Indian journal of veterinary science and animal husbandry - Volumes 15-17, 1948-1951
Year: 1948
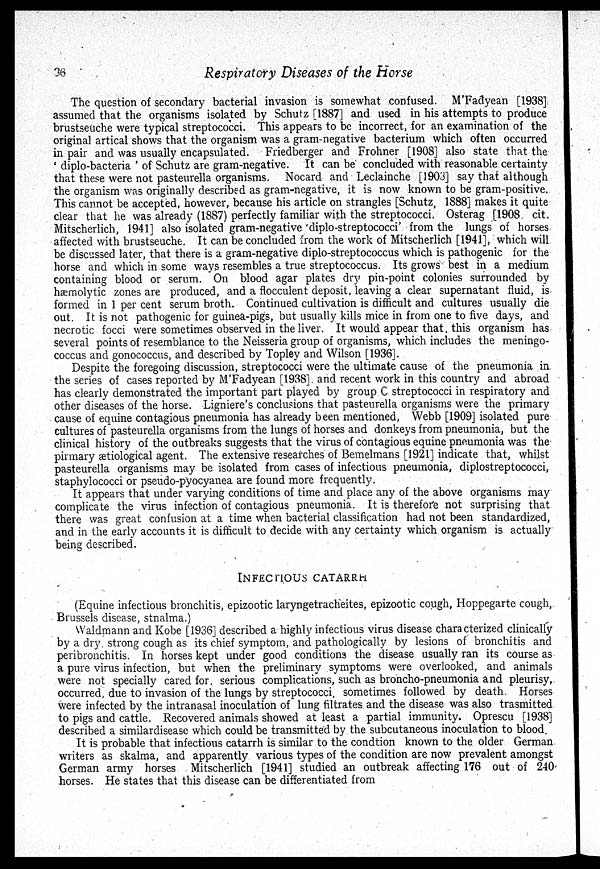
36
Respiratory Diseases of the Horse
The question of secondary bacterial invasion is somewhat confused. M'Fadyean [1938]
assumed that the organisms isolated by Schutz [1887] and used in his attempts to produce
brustseuche were typical streptococci. This appears to be incorrect, for an examination of the
original artical shows that the organism was a gram-negative bacterium which often occurred
in pair and was usually encapsulated. Friedberger and Frohner [1908] also state that the
' diplo-bacteria ' of Schutz are gram-negative. It can be concluded with reasonable certainty
that these were not pasteurella organisms. Nocard and Leclainche [1903] say that although
the organism was originally described as gram-negative, it is now known to be gram-positive.
This cannot be accepted, however, because his article on strangles [Schutz, 1888] makes it quite
clear that he was already (1887) perfectly familiar with the streptococci. Osterag [1908 cit.
Mitscherlich, 1941] also isolated gram-negative 'diplo-streptococci' from the lungs of horses
affected with brustseuche. It can be concluded from the work of Mitscherlich [1941], which will
be discussed later, that there is a gram-negative diplo-streptococcus which is pathogenic for the
horse and which in some ways resembles a true streptococcus. Its grows best in a medium
containing blood or serum. On blood agar plates dry pin-point colonies surrounded by
hæmolytic zones are produced, and a flocculent deposit, leaving a clear supernatant fluid, is
formed in 1 per cent serum broth. Continued cultivation is difficult and cultures usually die
out. It is not pathogenic for guinea-pigs, but usually kills mice in from one to five days, and
necrotic focci were sometimes observed in the liver. It would appear that this organism has
several points of resemblance to the Neisseria group of organisms, which includes the meningo-
coccus and gonococcus, and described by Topley and Wilson [1936].
Despite the foregoing discussion, streptococci were the ultimate cause of the pneumonia in
the series of cases reported by M'Fadyean [1938]. and recent work in this country and abroad
has clearly demonstrated the important part played by group C streptococci in respiratory and
other diseases of the horse. Ligniere's conclusions that pasteurella organisms were the primary
cause of equine contagious pneumonia has already been mentioned, Webb [1909] isolated pure
cultures of pasteurella organisms from the lungs of horses and donkeys from pneumonia, but the
clinical history of the outbreaks suggests that the virus of contagious equine pneumonia was the
pirmary ætiological agent. The extensive researches of Bemelmans [1921] indicate that, whilst
pasteurella organisms may be isolated from cases of infectious pneumonia, diplostreptococci,
staphylococci or pseudo-pyocyanea are found more frequently.
It appears that under varying conditions of time and place any of the above organisms may
complicate the virus infection of contagious pneumonia. It is therefore not surprising that
there was great confusion at a time when bacterial classification had not been standardized,
and in the early accounts it is difficult to decide with any certainty which organism is actually
being described.
INFECTIOUS
CATARRH
(Equine infectious bronchitis, epizootic laryngetracheites, epizootic cough, Hoppegarte cough,
Brussels disease, stnalma.)
Waldmann and Kobe [1936] described a highly infectious virus disease characterized clinically
by a dry strong cough as its chief symptom, and pathologically by lesions of bronchitis and
peribronchitis. In horses kept under good conditions the disease usually ran its course as
a pure virus infection, but when the preliminary symptoms were overlooked, and animals
were not specially cared for. serious complications, such as broncho-pneumonia and pleurisy,
occurred, due to invasion of the lungs by streptococci, sometimes followed by death. Horses
were infected by the intranasal inoculation of lung filtrates and the disease was also trasmitted
to pigs and cattle. Recovered animals showed at least a partial immunity. Oprescu [1938]
described a similardisease which could be transmitted by the subcutaneous inoculation to blood.
It is probable that infectious catarrh is similar to the condtion known to the older German
writers as skalma, and apparently various types of the condition are now prevalent amongst
German army horses Mitscherlich [1941] studied an outbreak affecting 176 out of 240
horses. He states that this disease can be differentiated from